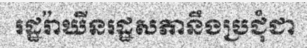
រដ្ឋរ៉ាឃីនរដ្ឋសភានឹងប្រជុំជា